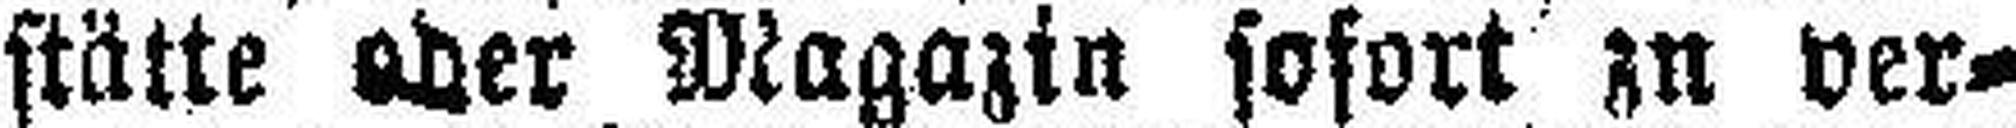
stätte oder Magazin sofort zu ver¬